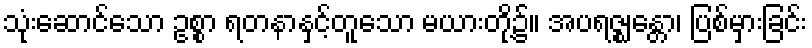
သုံးဆောင်သော ဥစ္စာ ရတနာနှင့်တူသော မယားတို့၌။ အပရဇ္ဈန္တော၊ ပြစ်မှားခြင်း